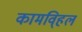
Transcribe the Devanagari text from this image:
कामवि्हल